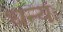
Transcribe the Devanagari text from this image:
धन्यः